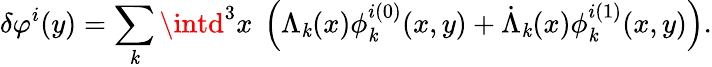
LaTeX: \delta\varphi^{i}(y)=\sum_{\mathit{k}}\intd^{3}x\ \left(\Lambda_{\mathit{k}}(x)\phi_{\mathit{k}}^{i(0)}(x,y)+\dot{{\Lambda}}_{\mathit{k}}(x)\phi_{\mathit{k}}^{i(1)}(x,y)\right).